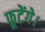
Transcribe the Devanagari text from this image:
फूटेंगे।